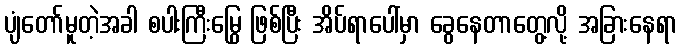
ပျံတော်မူတဲ့အခါ စပါးကြီးမြွေ ဖြစ်ပြီး အိပ်ရာပေါ်မှာ ခွေနေတာတွေ့လို့ အခြားနေရာ